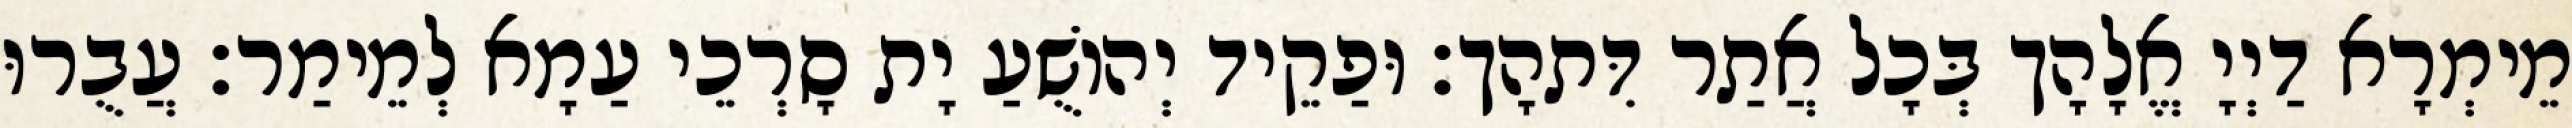
מֵימְרָא דַיְיָ אֱלָהָך בְּכָל אֲתַר דִּתהָך׃ וּפַקֵיד יְהוֹשֻׁעַ יָת סָרְכֵי עַמָא לְמֵימַר׃ עֲבֻרוּ